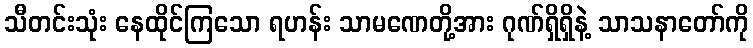
သီတင်းသုံး နေထိုင်ကြသော ရဟန်း သာမဏေတို့အား ဂုဏ်ရှိရှိနဲ့ သာသနာတော်ကို